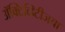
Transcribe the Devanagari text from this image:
ॲक्टिव्हिटीजचा